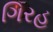
ગિરહ